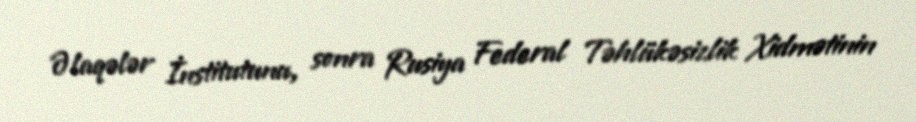
Əlaqələr İnstitutunu, sonra Rusiya Federal Təhlükəsizlik Xidmətinin